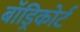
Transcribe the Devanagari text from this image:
बॉड्रिकोर्ट